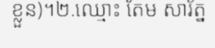
ខ្លួន)។២.ឈ្មោះ តែម សារ័ត្ន